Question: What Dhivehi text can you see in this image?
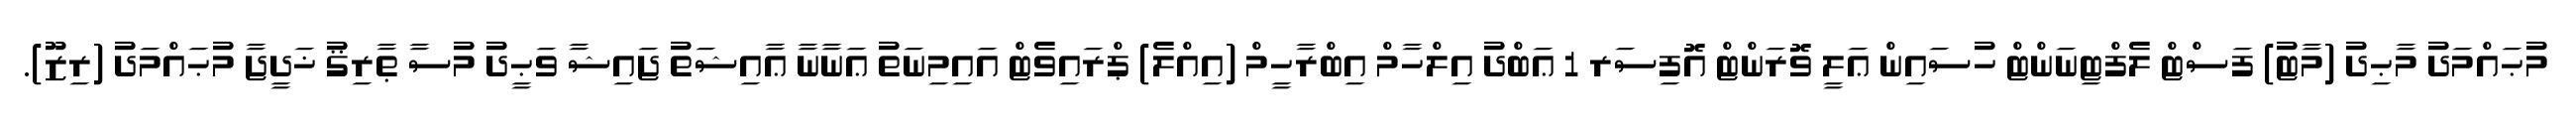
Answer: މުޙައްމަދު މާޙިދު (މާޓު) ފަސްޓް ލެފްޓިނަންޓް ހުސައިން ޢަލީ ވޮރަންޓް އޮފިސަރ 1 ޢަބްދު އިލްހާމް އިބްރާހީމް (އިއްލެ) ޕްރައިވެޓް އައިމިނަތު ޢަނާނާ ޢާއިޝަތު ޖައިޝާ ވަޙީދު މުސާ ޠާރިޤު ޚަދީޖާ މުޙައްމަދު (ރިޒޫ).